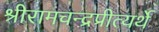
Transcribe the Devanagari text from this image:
श्रीरामचन्द्रप्रीत्यर्थे